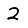
Digit: 2